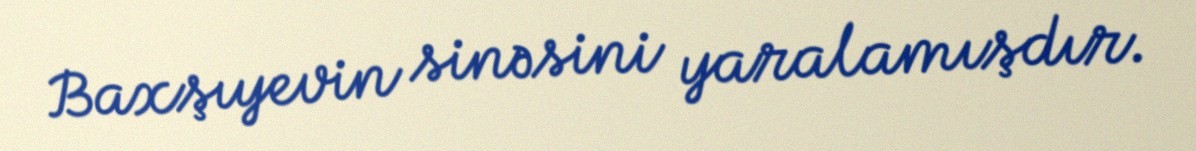
Baxşıyevin sinəsini yaralamışdır.